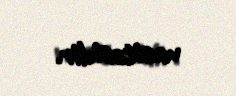
vasitəsidir.